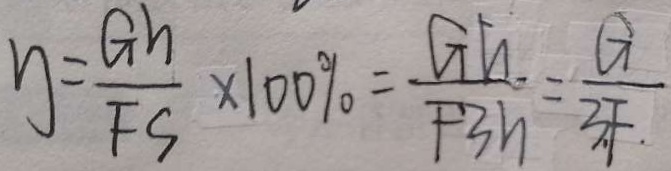
y = \frac { G n } { F S } \times 1 0 0 \% = \frac { G h } { F 3 n } = \frac { G } { 3 F }